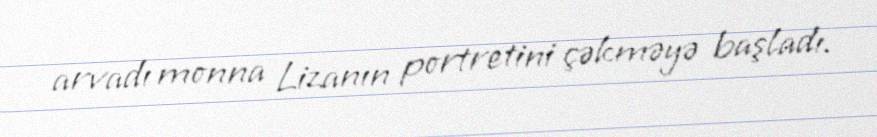
arvadı monna Lizanın portretini çəkməyə başladı.